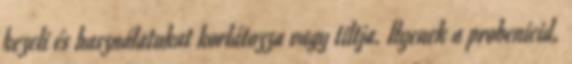
kezeli és használatukat korlátozza vagy tiltja. Ilyenek a probenicid,